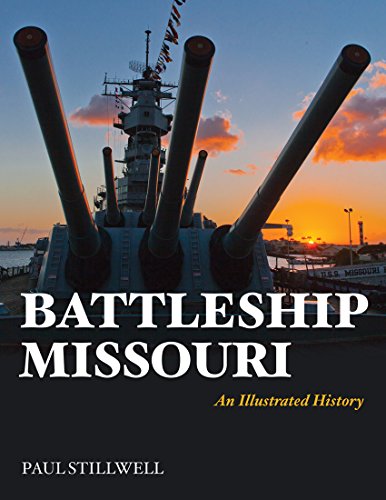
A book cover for Battleship Missouri: An Illustrated History; Paul Stillwell; Arts & Photography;